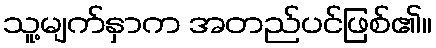
သူ့မျက်နှာက အတည်ပင်ဖြစ်၏။